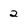
Character: 2